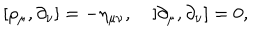
LaTeX: [ \rho _ { \mu } , \partial _ { \nu } ] = - \eta _ { \mu \nu } , \quad [ \partial _ { \mu } , \partial _ { \nu } ] = 0 ,